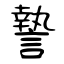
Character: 謺